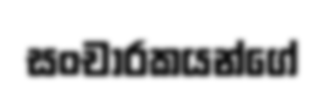
සංචාරකයන්ගේ